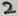
Text: 2